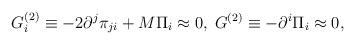
LaTeX: \begin{align*}G_i^{(2)}\equiv -2\partial ^j\pi _{ji}+M\Pi _i\approx0,\;G^{(2)}\equiv -\partial ^i\Pi _i\approx 0,\end{align*}